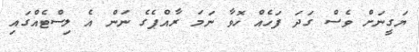
ޔަގީނަށް ވެސް ގަދަ ފަހެއް ހޮވާ ނަމަ ރާއްޕެގެ ނަން އެ ލިސްޓެއްގައި